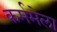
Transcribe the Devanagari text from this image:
कर्ममेला